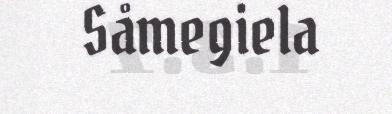
Såmegiela